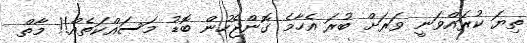
ތިޔަ ކުރައްވަނީ ވަރަށް ބުރަ އެހާމެ ގޮންޖެހުން ބޮޑު މަސައްކަތެއް!! މާތް